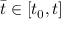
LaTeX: { \bar { t } } \in [ t _ { 0 } , t ]